Lunatic asylums Punjab 1868-1880 - 1868-1880
Year: 1868
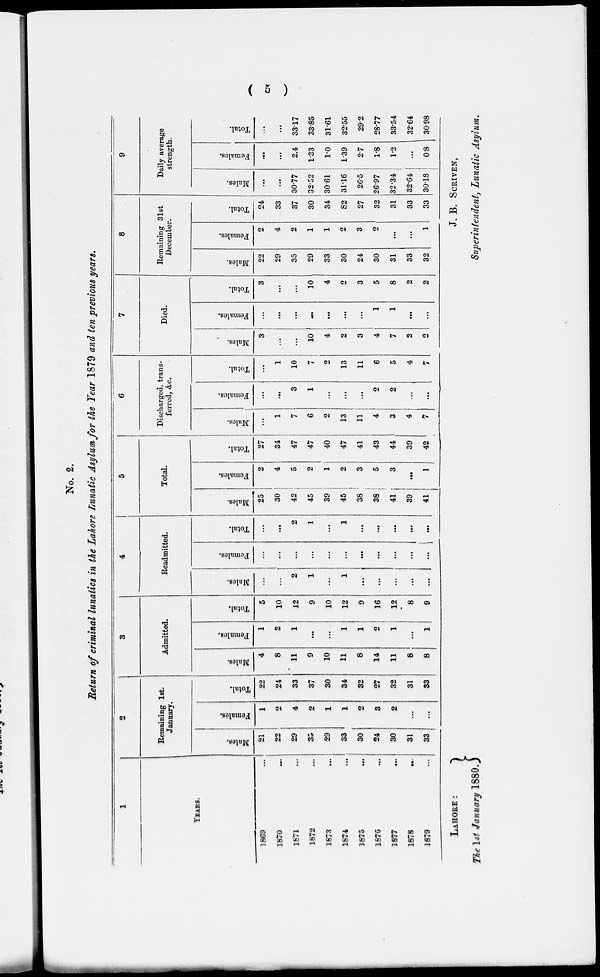
( 5 )
No. 2.
Return of criminal lunatics in the Lahore Lunatic Asylum for the Year 1879 and ten previous years.
1
YEARS.
1869 ...
1870 ...
1871 ...
1872 ...
1873 ...
1874 ...
1875 ...
1876 ...
1877 ...
1878 ...
1879 ...
2
Remaining 1st.
January.
Males.
21
22
29
35
29
33
30
24
30
31
33
Females.
1
2
4
2
1
1
2
3
2
...
...
Total.
22
24
33
37
30
34
32
27
32
31
33
3
Admitted.
Males.
4
8
11
9
10
11
8
14
11
8
8
Females.
1
2
1
...
...
1
1
2
1
...
1
Total.
5
10
12
9
10
12
9
16
12
8
9
4
Readmitted.
Males.
...
...
2
1
...
1
...
...
...
...
...
Females.
...
...
...
...
...
...
...
...
...
...
...
Total.
...
...
2
1
...
1
...
...
...
...
...
5
Total.
Males.
25
30
42
45
39
45
38
38
41
39
41
Females.
2
4
5
2
1
2
3
5
3
...
1
Total.
27
34
47
47
40
47
41
43
44
39
42
6
Discharged, trans-
ferred, &c.
Males.
...
1
7
6
2
13
11
4
3
4
7
Females.
...
...
3
1
...
...
...
2
2
...
...
Total.
...
1
10
7
2
13
11
6
5
4
7
7
Died.
Males.
3
...
...
10
4
2
3
4
7
2
2
Females.
...
...
...
...
...
...
...
1
1
...
...
Total.
3
...
...
10
4
2
3
5
8
2
2
8
Remaining 31st
December.
Males.
22
29
35
29
33
30
24
30
31
33
32
Females.
2
4
2
1
1
2
3
2
...
...
1
Total.
24
33
37
30
34
S2
27
32
31
33
33
9
Daily average
strength.
Males.
...
...
30.77
32.52
30.61
31.16
26.5
26.97
32.34
32.64
30.18
Females.
...
...
2.4
1.33
1.0
1.39
2.7
1.8
1.2
...
0.8
Total.
...
...
33.17
33.85
31.61
32.55
29.2
28.77
33.54
32.64
30.98
LAHORE:
The 1st January 1880.
J. B. SCRIVEN,
Superintendent, Lunatic Asylum.